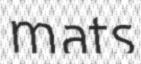
mats